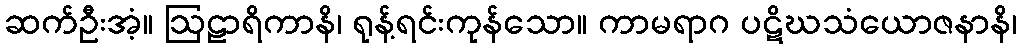
ဆက်ဦးအံ့။ ဩဠာရိကာနိ၊ ရုန့်ရင်းကုန်သော။ ကာမရာဂ ပဋိဃသံယောဇနာနိ၊